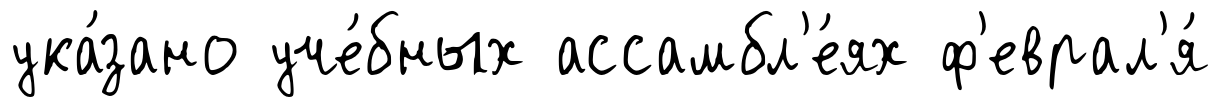
ука́зано уче́бных ассамбл'е́ях ф'еврал'я́